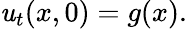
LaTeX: \mathit{u}_{t}(x,0)=g(x).